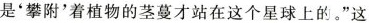
'攀附'着植物的茎蔓才站在这个星球上的。”这